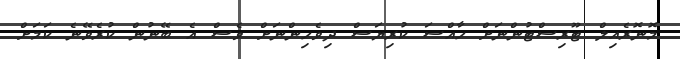
މޮނޮރެއިލް ޓޫރިސްޓުންނަށް ހާއްސަ ކުރިޔަސް ދިވެހިންނަށް ވެސް އެ ބޭނުން ކުރެވޭނެ ކަމަށް